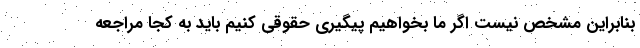
بنابراین مشخص نیست اگر ما بخواهیم پیگیری حقوقی کنیم باید به کجا مراجعه